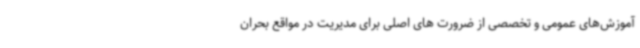
آموزش‌های عمومی و تخصصی از ضرورت های اصلی برای مدیریت در مواقع بحران